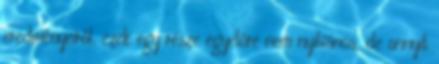
eredményeiről. ezek egy része egyelőre nem nyilvános, de annyit